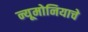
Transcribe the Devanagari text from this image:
न्यूमोनियाचे